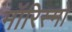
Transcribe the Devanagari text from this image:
मॉरिस्मो